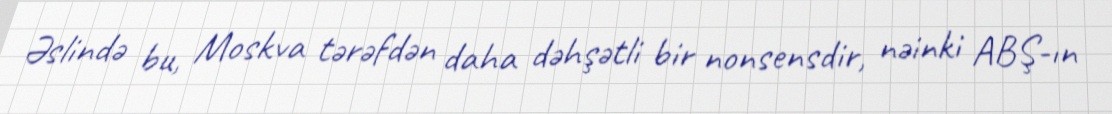
Əslində bu, Moskva tərəfdən daha dəhşətli bir nonsensdir, nəinki ABŞ-ın